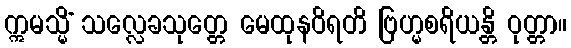
ဣမသ္မိံ သလ္လေခသုတ္တေ မေထုနဝိရတိ ဗြဟ္မစရိယန္တိ ဝုတ္တာ။